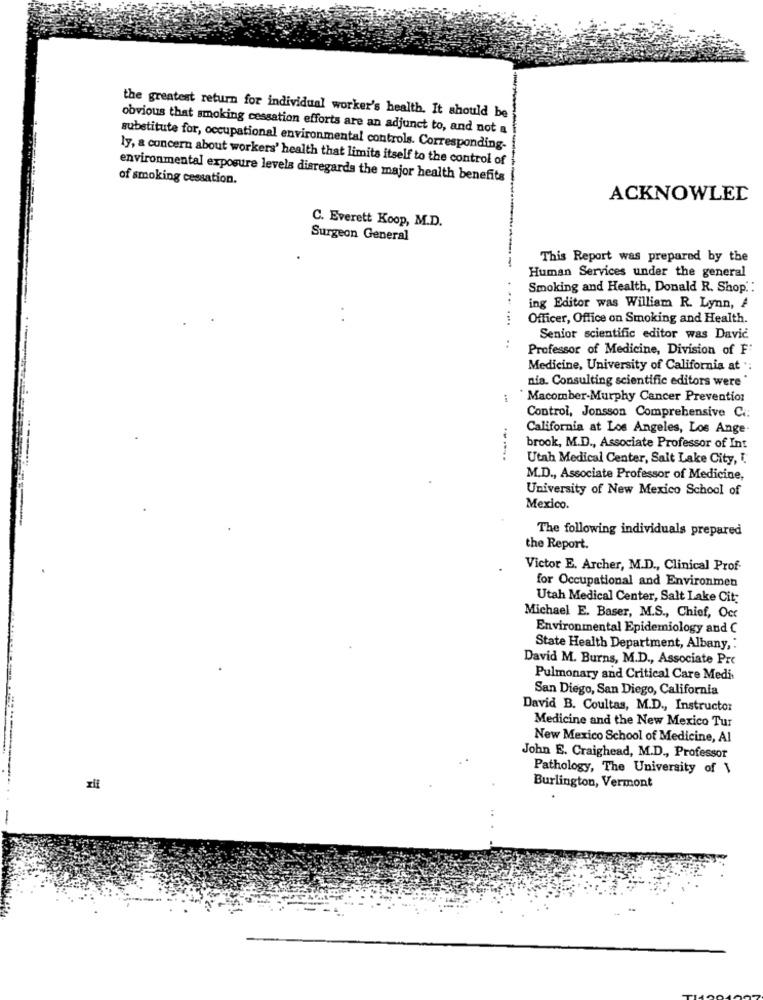
the greatest return for individual worker's health. It should be
obvious that smoking cessation efforts are an adjunct to, and not a
substitute for, occupational environmental controls. Corresponding-
ly, a concern about workers' health that limits itself to the control of
of smoking cessation.
environmental exposure levels disregards the major health benefits
ACKNOWLED
C. Everett Koop, M.D.
Surgeon General
This Report was prepared by the
Human Services under the general
Smoking and Health, Donald R. Shop. :
ing Editor was William R. Lynn, A
..
Officer, Office on Smoking and Health.
Senior scientific editor was Davic
Professor of Medicine, Division of F
Medicine, University of California at ":
nia. Consulting scientific editors were
Macomber-Murphy Cancer Prevention
Control, Jonsson Comprehensive Ci:
California at Los Angeles, Los Ange-
brook, M.D ., Associate Professor of Int
----
Utah Medical Center, Salt Lake City, I.
M.D ., Associate Professor of Medicine,
University of New Mexico School of
Mexico.
The following individuals prepared
the Report.
Victor E. Archer, M.D ., Clinical Prof-
for Occupational and Environmen
Utah Medical Center, Salt Lake City
Michael E. Baser, M.S ., Chief, Occ
Environmental Epidemiology and C
State Health Department, Albany, :
David M. Burns, M.D ., Associate Pre
Pulmonary and Critical Care Medis
San Diego, San Diego, California
David B. Coultas, M.D ., Instructor
Medicine and the New Mexico Tur
New Mexico School of Medicine, Al
John E. Craighead, M.D ., Professor
Pathology, The University of \
xii
Burlington, Vermont